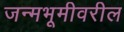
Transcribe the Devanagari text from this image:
जन्मभूमीवरील